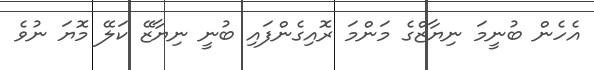
އެހެން ބުނީމަ ނިޔާޒްގެ މަންމަ ރޮއިގެންފައި ބުނީ ނިޔާޒޭ ކަލޭ މޮޔަ ނުވެ